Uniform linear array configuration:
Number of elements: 24
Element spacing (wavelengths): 0.25
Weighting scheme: exponential
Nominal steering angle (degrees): -60
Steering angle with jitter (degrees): -58.097
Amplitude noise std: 0.05
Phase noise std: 0.05

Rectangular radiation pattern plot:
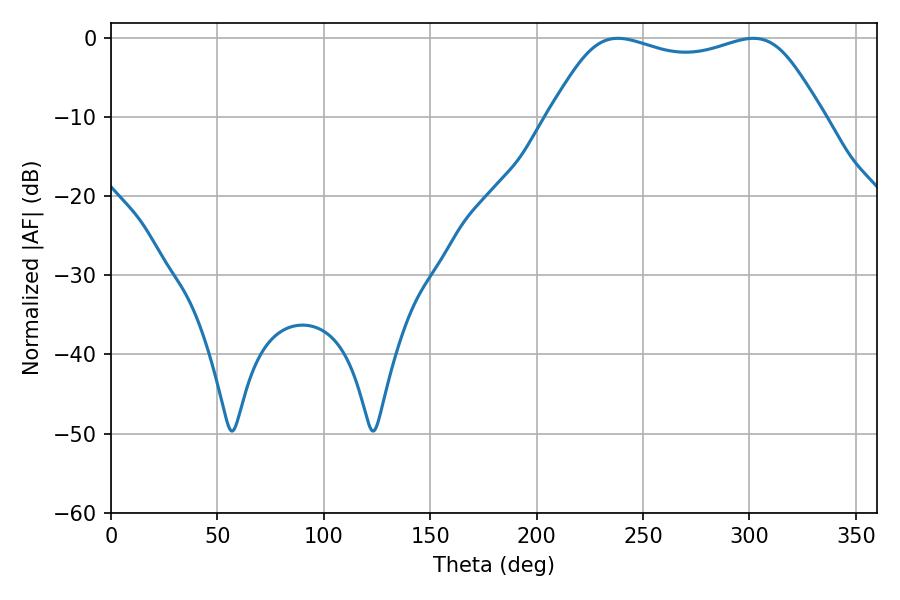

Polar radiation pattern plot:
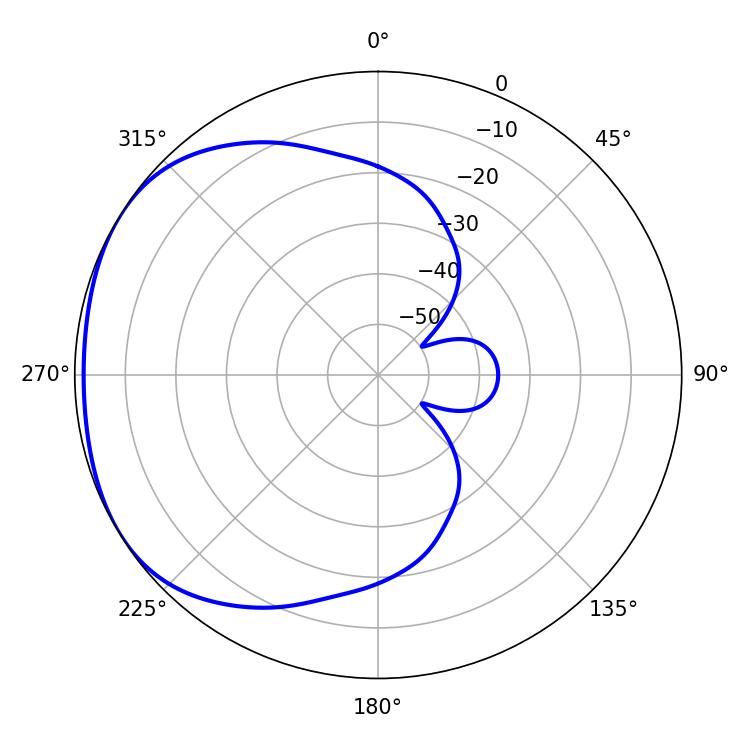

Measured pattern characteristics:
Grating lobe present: FALSE
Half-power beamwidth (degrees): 99.36
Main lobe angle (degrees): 238.14